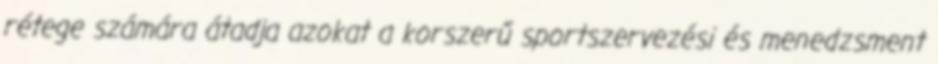
rétege számára átadja azokat a korszerű sportszervezési és menedzsment